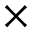
\times